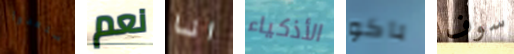
أستعدوا نعم انا الأذكياء باكو سوف